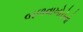
બળવાખોરોનો